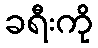
ခရီးကို